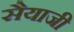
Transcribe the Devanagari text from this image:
सैयाजी